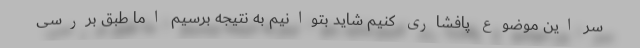
سر این موضوع پافشاری کنیم شاید بتوانیم به نتیجه برسیم اما طبق بررسی